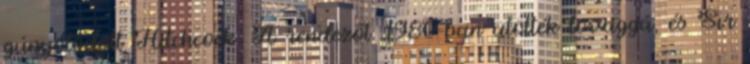
gúnyolódott Hitchcock. A rendezőt 1980-ban ütötték lovaggá, és Sir